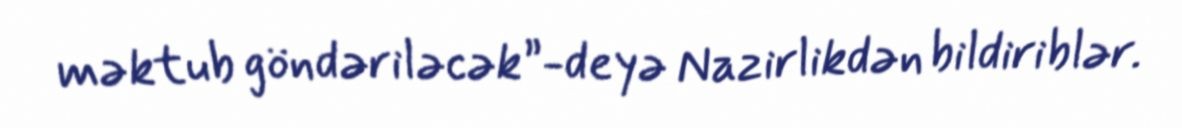
məktub göndəriləcək”-deyə Nazirlikdən bildiriblər.